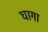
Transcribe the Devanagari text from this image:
घागा